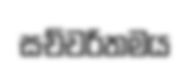
සච්චරිතමය